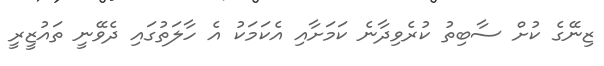
ޒިނޭގެ ކުށް ސާބިތު ކުރެވިދާނެ ކަމަށާއި އެކަމަކު އެ ހާލަތުގައި ދެވޭނީ ތައުޒީރީ